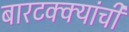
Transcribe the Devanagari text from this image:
बारटक्क्यांची